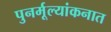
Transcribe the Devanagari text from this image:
पुनर्मूल्यांकनात